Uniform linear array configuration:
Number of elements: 24
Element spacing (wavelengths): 0.75
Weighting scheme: exponential
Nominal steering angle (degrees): -15
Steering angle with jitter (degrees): -13.914
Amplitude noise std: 0.05
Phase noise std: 0.05

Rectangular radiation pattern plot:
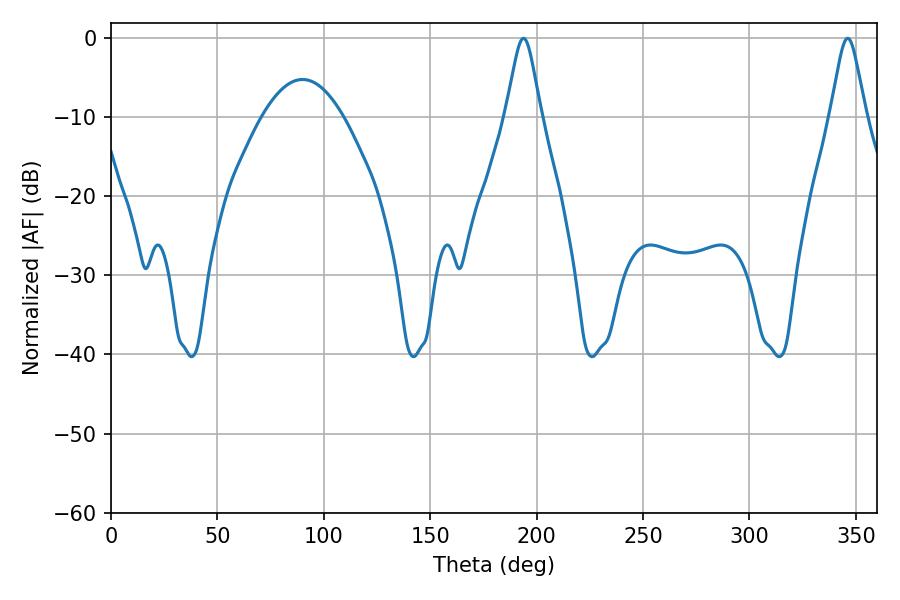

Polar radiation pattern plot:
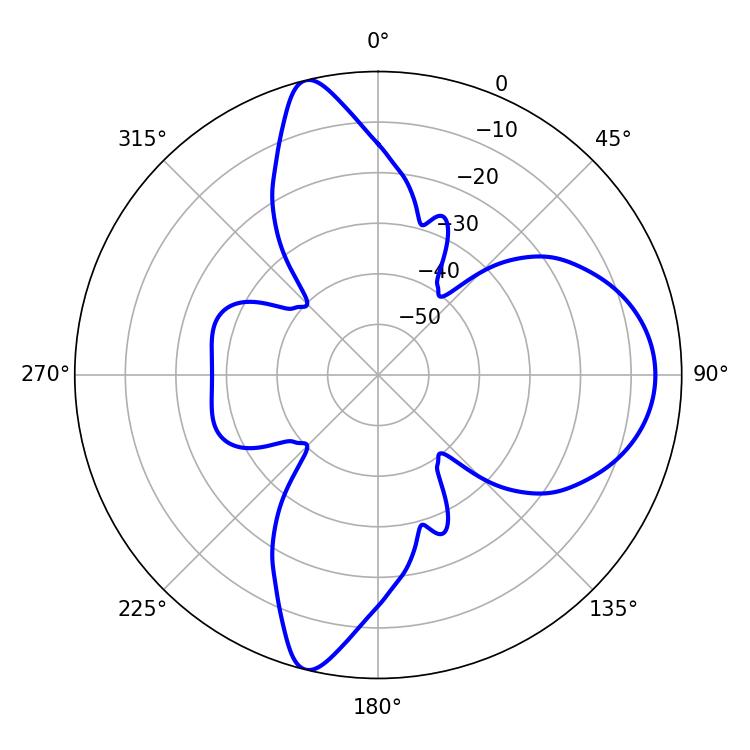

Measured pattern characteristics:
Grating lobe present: TRUE
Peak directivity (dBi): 13.625
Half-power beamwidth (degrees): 7.92
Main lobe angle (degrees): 193.86